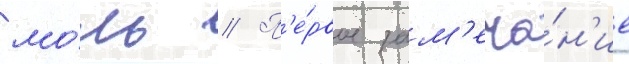
мо́ль // П'е́рвое зам'еча́н'ие